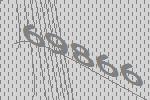
69866